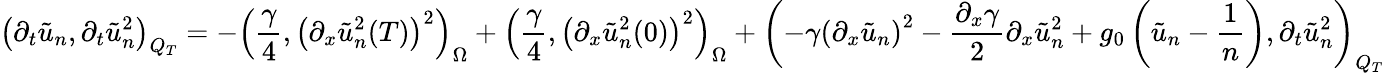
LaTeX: \left(\partial_{t}\tilde{u}_{n},\partial_{t}\tilde{u}_{n}^{2}\right)_{Q_{T}}=-\left(\frac{\gamma}{4},\left(\partial_{x}\tilde{u}_{n}^{2}(T)\right)^{2}\right)_{\Omega}+\left(\frac{\gamma}{4},\left(\partial_{x}\tilde{u}_{n}^{2}(0)\right)^{2}\right)_{\Omega}+\left(-\gamma\left(\partial_{x}\tilde{u}_{n}\right)^{2}-\frac{\partial_{x}\gamma}{2}\partial_{x}\tilde{u}_{n}^{2}+g_{0}\left(\tilde{u}_{n}-\frac{1}{n}\right),\partial_{t}\tilde{u}_{n}^{2}\right)_{Q_{T}}